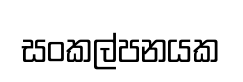
සංකල්පනයක